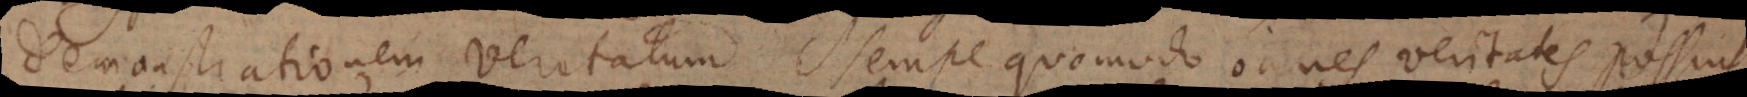
demonstrationem veritatum. Nempe quomodo omnes veritates possint